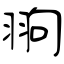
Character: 翑